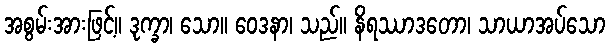
အစွမ်းအားဖြင့်။ ဒုက္ခာ၊ သော။ ဝေဒနာ၊ သည်။ နိရဿာဒတော၊ သာယာအပ်သော